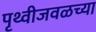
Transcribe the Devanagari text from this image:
पृथ्वीजवळच्या